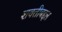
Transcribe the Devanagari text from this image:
शक्तीबद्दल